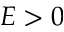
E > 0